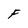
Character: F